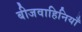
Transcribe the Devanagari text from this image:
बीजवाहिनियाँ